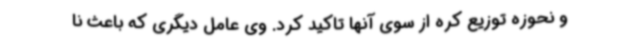
و نحوزه توزیع کره از سوی آنها تاکید کرد. وی عامل دیگری که باعث نا